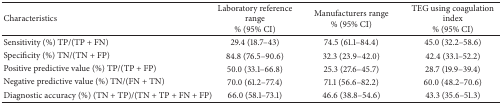
| Characteristics | Laboratory reference range% (95% CI) | Manufacturers range% (95% CI) | TEG using coagulation index % (95% CI) |
 | --- | --- | --- | --- |
 | Sensitivity (%) TP/(TP + FN) | 29.4 (18.7–43) | 74.5 (61.1–84.4) | 45.0 (32.2–58.6) |
 | Specificity (%) TN/(TN + FP) | 84.8 (76.5–90.6) | 32.3 (23.9–42.0) | 42.4 (33.1–52.2) |
 | Positive predictive value (%) TP/(TP + FP) | 50.0 (33.1–66.8) | 25.3 (27.6–45.7) | 28.7 (19.9–39.4) |
 | Negative predictive value (%) TN/(FN + TN) | 70.0 (61.2–77.4) | 71.1 (56.6–82.2) | 60.0 (48.2–70.6) |
 | Diagnostic accuracy (%) (TN + TP)/(TN + TP + FN + FP) | 66.0 (58.1–73.1) | 46.6 (38.8–54.6) | 43.3 (35.6–51.3) |